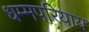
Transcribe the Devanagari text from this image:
धम्मपरियाय